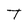
Character: T